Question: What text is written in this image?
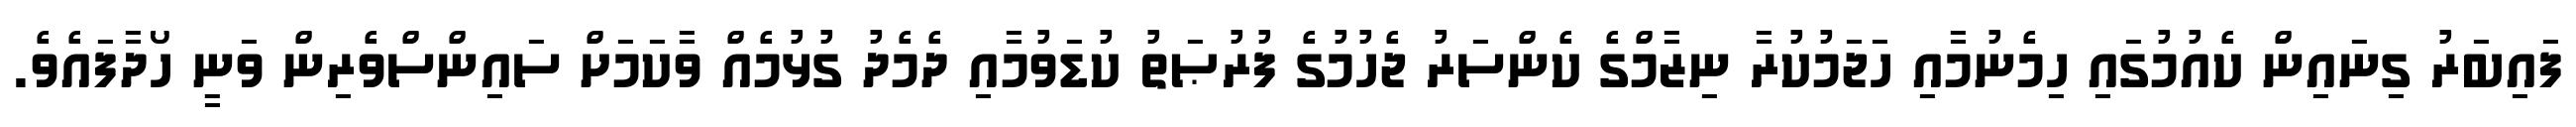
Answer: ފައިބަރު ގިނައިން ކެއުމުގައި ހިމެނުމާއި ހަޖަމުކުރާ ނިޒާމްގެ ކެންސަރު ޖެހުމުގެ ފުރުޞަތު ކުޑަވުމާއި ދެމެދު ގުޅުމެއް ވާކަމަށް ސައިންސްވެރިން ވަނީ ހޯދާފައެވެ.